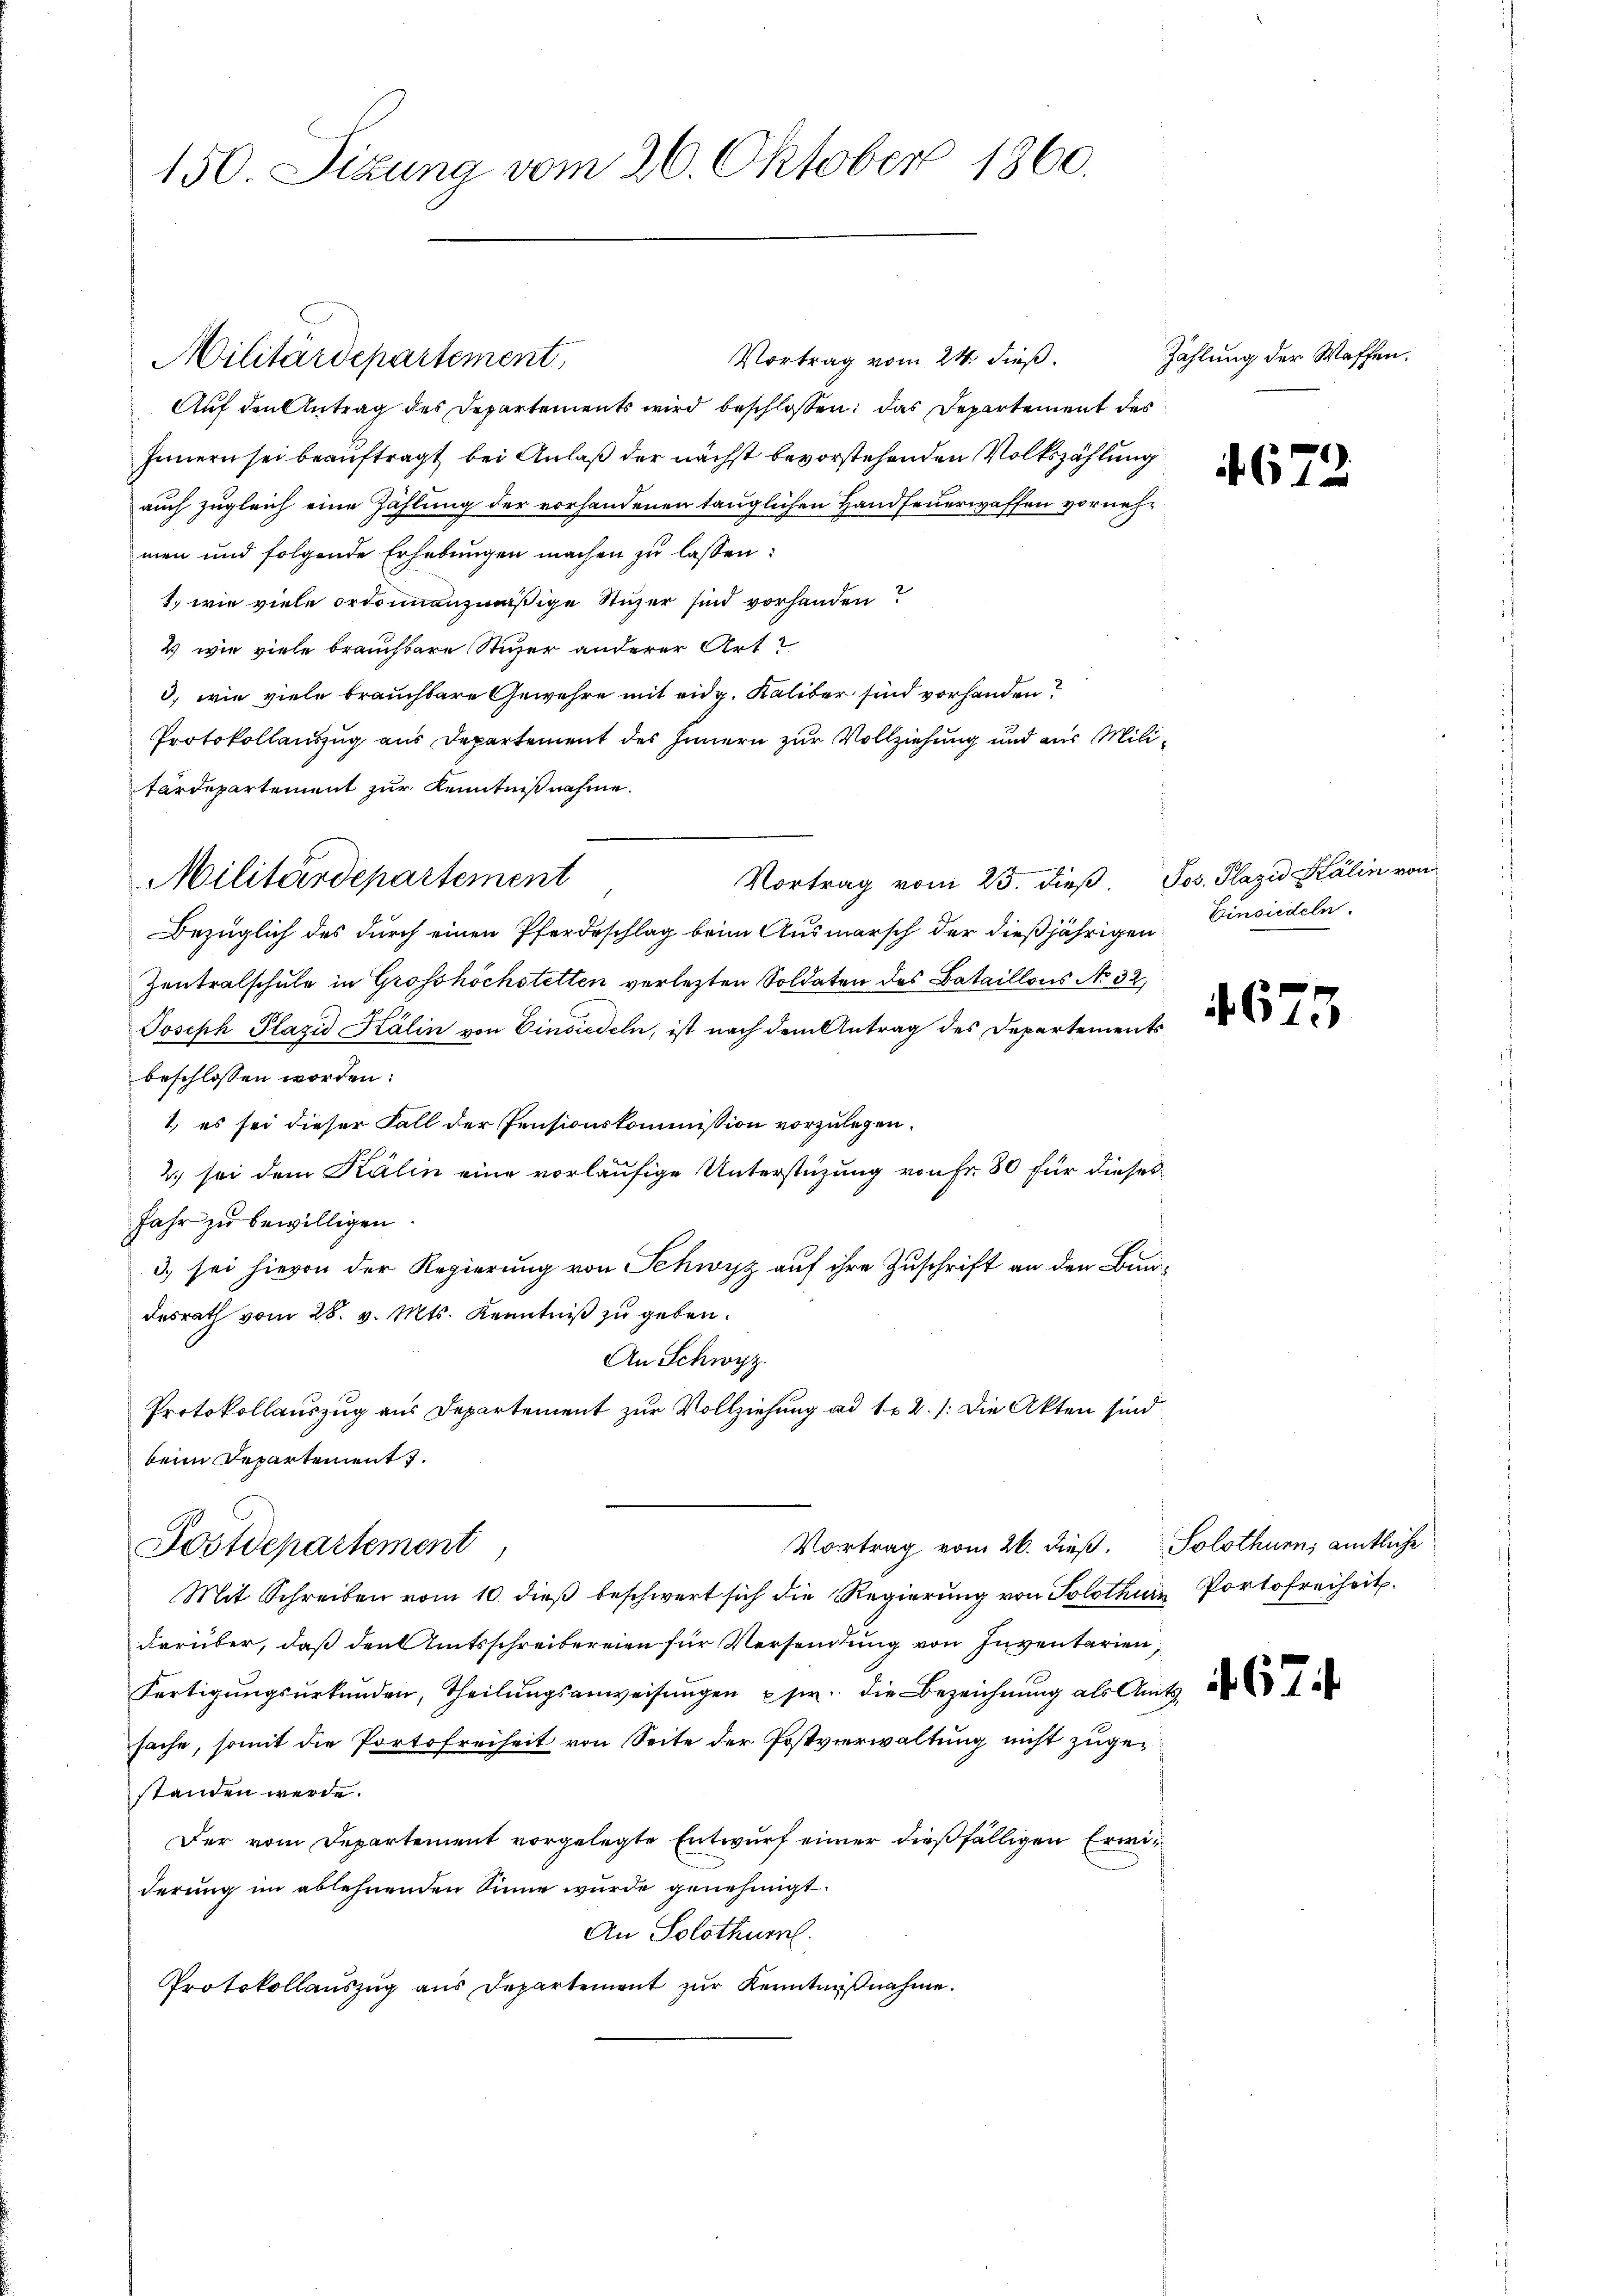
150. Sizung vom 26. Oktober 1860.

Vortrag vom 24. dieß.
Auf den Antrag des Departements wird beschlossen, das Departement des
Innern sei beauftragt, bei Anlaß der nächst bevorstehenden Volkszählung
auch zugleich eine Zahlung der vorhandenen tauglichen Handfeuerwaffen vornehmen und folgende Erhebungen machen zu lassen:
1.) wie viele ordonnanzmäßige Stuzer sind vorhanden?
2) wie viele brauchbare Sticher anderer Art
3. wie viele brauchbare Gewehre mit eidg. Kaliber sind vorhanden?
Protokollauszug aus Departement des Innern zur Vollziehung und aus Militärdepartement zur Kenntnißnahme.
Vortrag vom 25. dieß. Jos. Plazid Kälin von
Bezüglich des durch einen Pferdeschlag beim Ausmarsch der dießjährigen Einsiedeln,
Zentralschule in Grosshöchstetten verletzten Soldaten des Bataillons No 32
Joseph Plazid Kälin von Einsiedeln, ist nach dem Antrag des Departementsbeschlossen worden:
1) es sei dieser Fall der Pensionskommission vorzulegen.
2.) sei dem Kälin eine vorläufige Unterstüzung von Fr. 80 für dieses
Jahr zu bewilligen
3) sei hievon der Regierung von Schwyz auf ihre Zuschrift an den Bundesrath vom 28. v. Mts. Kenntniß zu geben.
An Schwyz.
Protokollauszug aus Departement zur Vollziehung ad 1. 2. s. Die Akten sind.
beim Departement.
Vortrag vom 26. dieß. Solothurn, amtliche
Postdepartement
Mit Schreiben vom 10. dieβ beschwert sich die Regierŭng von Solothurn Portofreiheit.
darüber, daß den Amtsschreibereien für Versendung von Inventarien,
Fertigŭngsŭrkŭnden, Theilŭngsanweisŭngen er die Bezeichnŭng als Amt
sache, somit die Portofreiheit von Seite der Postverwaltung nicht zugestanden werde.
Der vom Departement vorgelegte Entwurf einer dießfälligen Erwiderung im ablehnenden Sinne wurde genehmigt.
An Solothur.
Protokollauszug aus Departement zur Kenntnißnahme.

Militärdepartement

Militärdepartement

Zählung der Waffen.

4672

4675